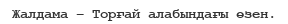
Жалдама – Торғай алабындағы өзен.